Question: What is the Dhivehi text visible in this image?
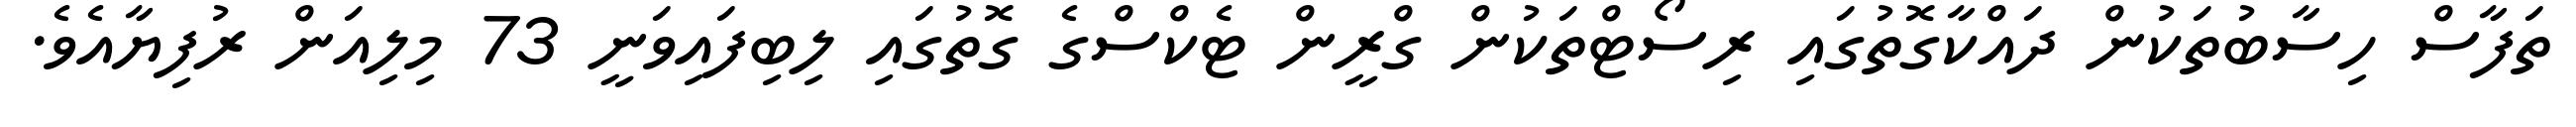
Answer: ތަފާސް ހިސާބުތަކުން ދައްކާގޮތުގައި ރިސޯޓްތަކުން ގްރީން ޓެކްސްގެ ގޮތުގައި ލިބިފައިވަނީ 73 މިލިއަން ރުފިޔާއެވެ.